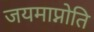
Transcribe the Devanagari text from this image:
जयमाप्नोति